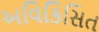
અવિકિસિત